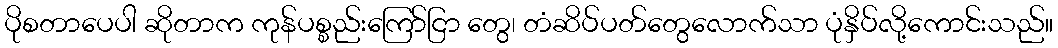
ပိုစတာပေပါ ဆိုတာက ကုန်ပစ္စည်းကြော်ငြာ တွေ၊ တံဆိပ်ပတ်တွေလောက်သာ ပုံနှိပ်လို့ကောင်းသည်။